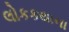
લોકકથાના